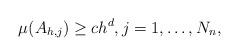
LaTeX: \begin{align*} \mu(A_{h,j}) \geq c h^d, j = 1,\ldots,N_n,\end{align*}